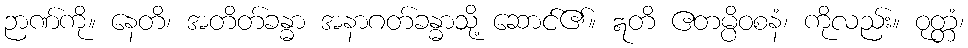
ဉာဏ်ကို။ နေတိ၊ အတိတ်ခန္ဓာ အနာဂတ်ခန္ဓာသို့ ဆောင်၏။ ဣတိ ဧတမ္ပိဝစနံ၊ ကိုလည်း။ ဝုတ္တံ၊